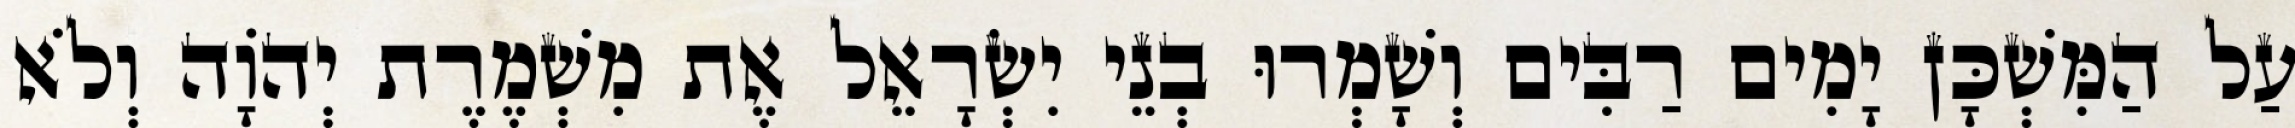
עַל הַמִּשְׁכָּן יָמִים רַבִּים וְשָׁמְרוּ בְנֵי יִשְׂרָאֵל אֶת מִשְׁמֶרֶת יְהוָֹה וְלֹא